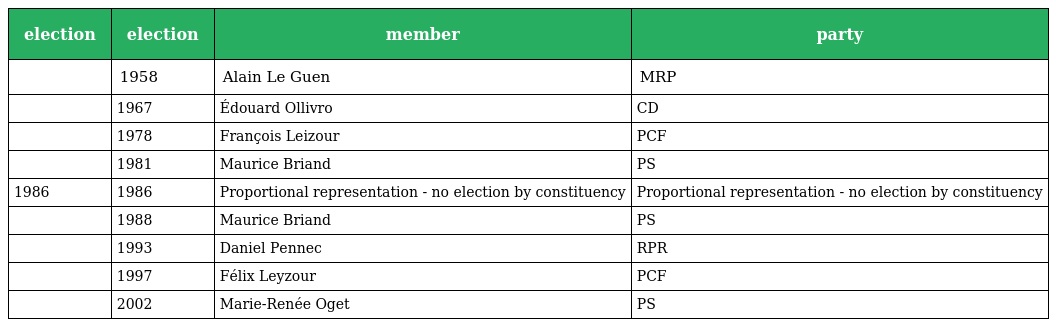
| election | election | member | party |
 | --- | --- | --- | --- |
 |  | 1958 | Alain Le Guen | MRP |
 |  | 1967 | Édouard Ollivro | CD |
 |  | 1978 | François Leizour | PCF |
 |  | 1981 | Maurice Briand | PS |
 | 1986 | 1986 | Proportional representation - no election by constituency | Proportional representation - no election by constituency |
 |  | 1988 | Maurice Briand | PS |
 |  | 1993 | Daniel Pennec | RPR |
 |  | 1997 | Félix Leyzour | PCF |
 |  | 2002 | Marie-Renée Oget | PS |